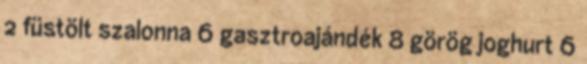
2 füstölt szalonna 6 gasztroajándék 8 görög joghurt 6